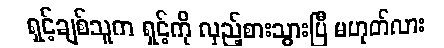
ရှင့်ချစ်သူက ရှင့်ကို လှည့်စားသွားပြီ မဟုတ်လား